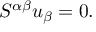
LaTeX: S ^ { \alpha \beta } u _ { \beta } = 0 .